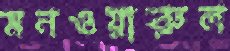
মনওয়ারুল